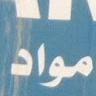
مواد